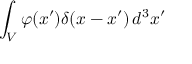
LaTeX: \int _ { V } \varphi ( x ^ { \prime } ) \delta ( x - x ^ { \prime } ) \, d ^ { 3 } x ^ { \prime }